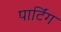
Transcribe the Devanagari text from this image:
पार्टिंग